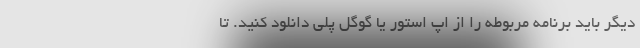
دیگر باید برنامه مربوطه را از اپ استور یا گوگل پلی دانلود کنید. تا